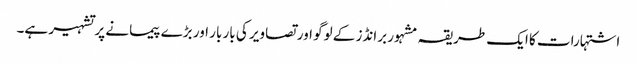
اشتہارات کا ایک طریقہ مشہور برانڈز کے لوگو اور تصاویر کی بار بار اور بڑے پیمانے پر تشہیر ہے۔